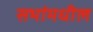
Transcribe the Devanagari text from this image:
सभांमधील